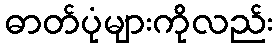
ဓာတ်ပုံများကိုလည်း